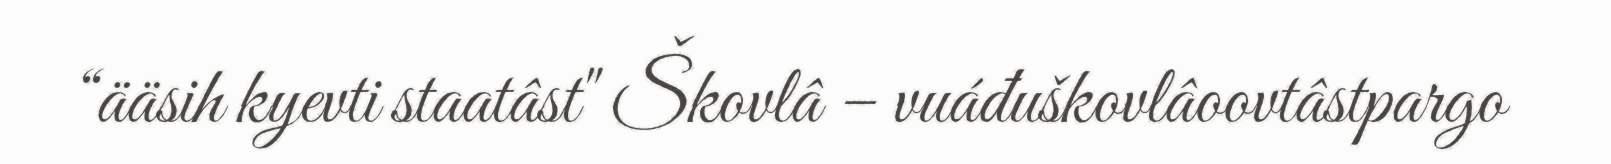
“ääsih kyevti staatâst" Škovlâ – vuáđuškovlâoovtâstpargo